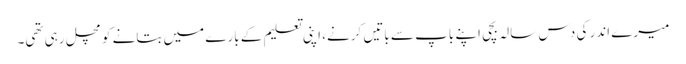
میرے اندر کی دس سالہ بچی اپنے باپ سے باتیں کرنے، اپنی تعلیم کے بارے میں بتانے کو مچل رہی تھی۔